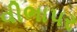
વીભાપર